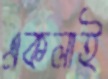
একলাই